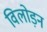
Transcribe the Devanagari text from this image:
विलोड़न